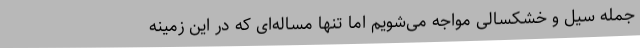
جمله سیل و خشکسالی مواجه می‌شویم اما تنها مساله‌ای که در این زمینه